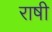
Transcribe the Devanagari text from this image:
राषी